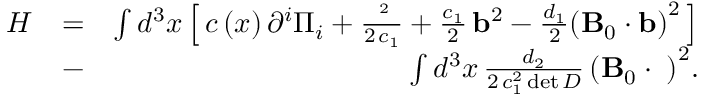
\begin{array} { r l r } { H } & { = } & { \int { { d ^ { 3 } } x } \left[ \, { c \left( x \right) { \partial ^ { i } } { \Pi _ { i } } + \frac { { { { \bf \Pi } ^ { 2 } } } } { { 2 \, { c _ { 1 } } } } + \frac { { { c _ { 1 } } } } { 2 } \, { { \bf b } ^ { 2 } } - \frac { { { d _ { 1 } } } } { 2 } { { \left( { { \bf B } _ { 0 } \cdot { \bf b } } \right) } ^ { 2 } } } \, \right] } \\ & { - } & { \int { { d ^ { 3 } } x } \, \frac { { { d _ { 2 } } } } { { 2 \, c _ { 1 } ^ { 2 } \operatorname* { d e t } D } } \, { \left( { { \bf B } _ { 0 } \cdot { \bf \Pi } } \right) ^ { 2 } } . } \end{array}